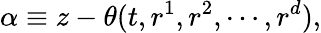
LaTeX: \alpha\equiv z-\theta(t,r^{1},r^{2},\cdots,r^{d}),